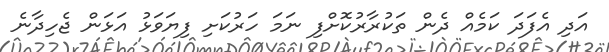
އަދި އެފަދަ ކަމެއް ދެން ތަކުރާރުކޮށްފި ނަމަ ހަރުކަށި ފިޔަވަޅު އަޅަން ޖެހިދާނެ